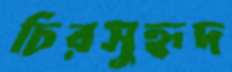
চিরসুহৃদ